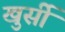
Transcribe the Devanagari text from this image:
खुर्सी